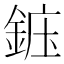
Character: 𬫝